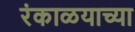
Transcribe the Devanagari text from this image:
रंकाळयाच्या